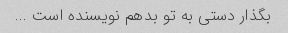
بگذار دستی به تو بدهم نویسنده است ...